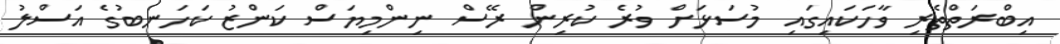
އިބްރަތްތެރި ވާހަކައިގައި މުސަޅަށް ވުރެ ކުރިން ރޭސް ނިންމިޔަސް ކަންޒު ކަހަނބުގެ އަސްލު